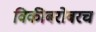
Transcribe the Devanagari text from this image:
विकीबरोबरच